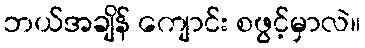
ဘယ်အချိန် ကျောင်း စဖွင့်မှာလဲ။